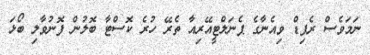
ނަމަވެސް ރެޕިޑް ވިއެނާގެ ޕެނަލްޓީއޭރިއާ ތެރޭ ހުރެ ކޮސްޓާ ބޮލުން ފޮނުވާލި ބޯޅަ